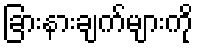
ခြားနားချက်များကို